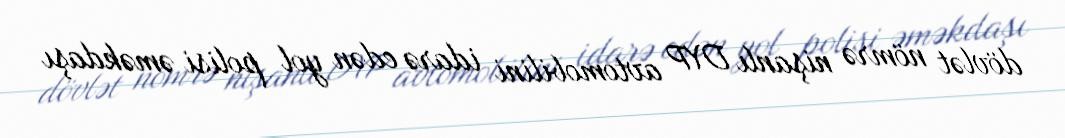
dövlət nömrə nişanlı DYP avtomobilini idarə edən yol polisi əməkdaşı